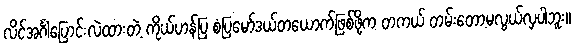
လိင်အင်္ဂါပြောင်းလဲထားတဲ့ ကိုယ်ဟန်ပြ စံပြမော်ဒယ်တယောက်ဖြစ်ဖို့က တကယ် တမ်းတော့မလွယ်လှပါဘူး။